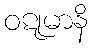
ဝဋုမာနိ